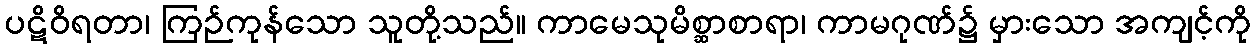
ပဋိဝိရတာ၊ ကြဉ်ကုန်သော သူတို့သည်။ ကာမေသုမိစ္ဆာစာရာ၊ ကာမဂုဏ်၌ မှားသော အကျင့်ကို